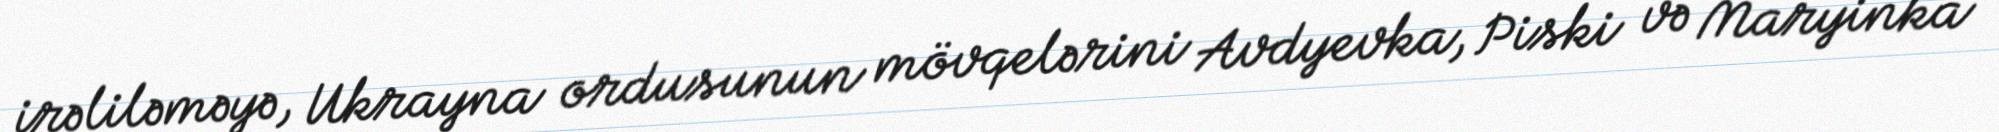
irəliləməyə, Ukrayna ordusunun mövqelərini Avdyevka, Piski və Maryinka